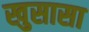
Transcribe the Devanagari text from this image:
खुसासा